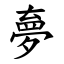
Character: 夣